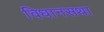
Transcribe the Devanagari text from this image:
विधानसथा